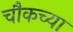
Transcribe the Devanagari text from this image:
चौकच्या